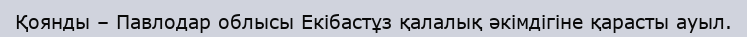
Қоянды – Павлодар облысы Екібастұз қалалық әкімдігіне қарасты ауыл.